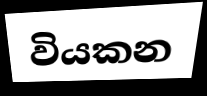
වියකන